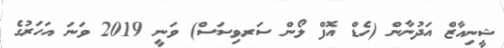
ޝީނިއާޒް އަދުނާން (ހެޑް އޮފް ލޯން ސަރވިސަސް) ވަނީ 2019 ވަނަ އަހަރުގެ